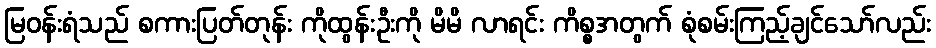
မြဝန်းရံသည် စကားပြတ်တုန်း ကိုထွန်းဦးကို မိမိ လာရင်း ကိစ္စအတွက် စုံစမ်းကြည့်ချင်သော်လည်း